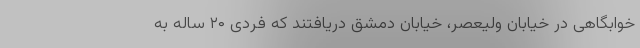
خوابگاهی در خیابان ولیعصر، خیابان دمشق دریافتند که فردی ۲۰ ساله به